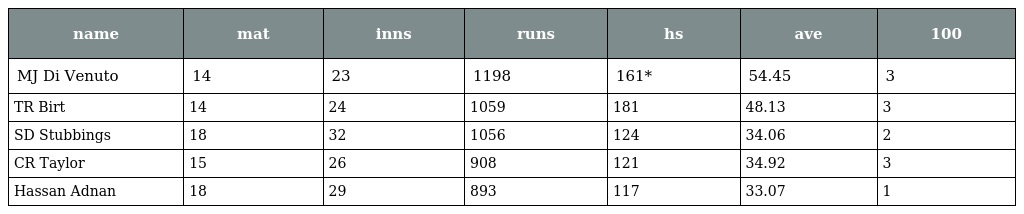
| name | mat | inns | runs | hs | ave | 100 |
 | --- | --- | --- | --- | --- | --- | --- |
 | MJ Di Venuto | 14 | 23 | 1198 | 161* | 54.45 | 3 |
 | TR Birt | 14 | 24 | 1059 | 181 | 48.13 | 3 |
 | SD Stubbings | 18 | 32 | 1056 | 124 | 34.06 | 2 |
 | CR Taylor | 15 | 26 | 908 | 121 | 34.92 | 3 |
 | Hassan Adnan | 18 | 29 | 893 | 117 | 33.07 | 1 |